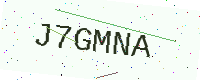
Text: J7GMNA